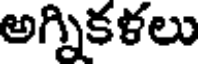
అగ్నికళలు